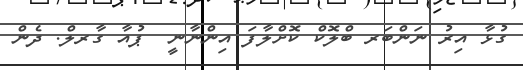
ގުޅާ އިރު ނަންބަރ ބްލޮކް ކޮށްލާފަ އިންނާނީ  ޕުއާ ގާރލް. ދެން